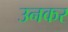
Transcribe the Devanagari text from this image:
उनकर